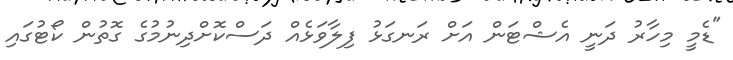
"ޑެމީ މިހާރު ދަނީ އެޝްޓަން އަށް ރަނގަޅު ފިލާވަޅެއް ދަސްކޮށްދިނުމުގެ ގޮތުން ކޯޓުގައި